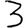
Digit: 3